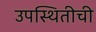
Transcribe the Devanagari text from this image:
उपस्थितीची